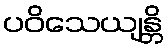
ပဝိသေယျန္တိ